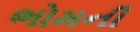
ભોમની